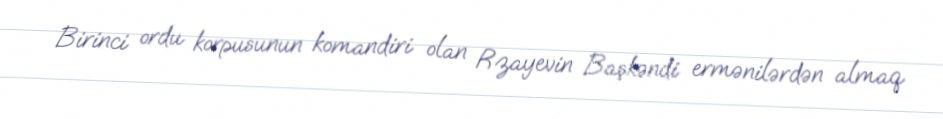
Birinci ordu korpusunun komandiri olan Rzayevin Başkəndi ermənilərdən almaq